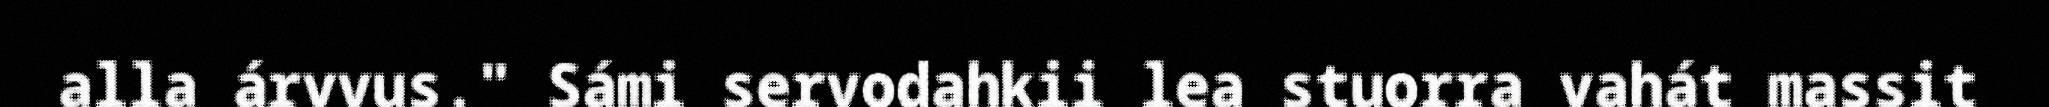
alla árvvus." Sámi servodahkii lea stuorra vahát massit